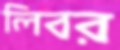
লিবর